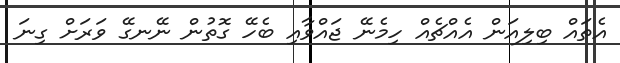
އެތައް ބިލިއަން އެއްޗެއް ހިމެނޭ ޖައްވާއި ބެހޭ ގޮތުން ނޭނގޭ ވަރަށް ގިނަ